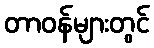
တာဝန်များတွင်